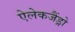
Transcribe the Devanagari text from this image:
ऐलेकजैंड्रो